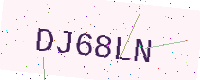
Text: DJ68LN